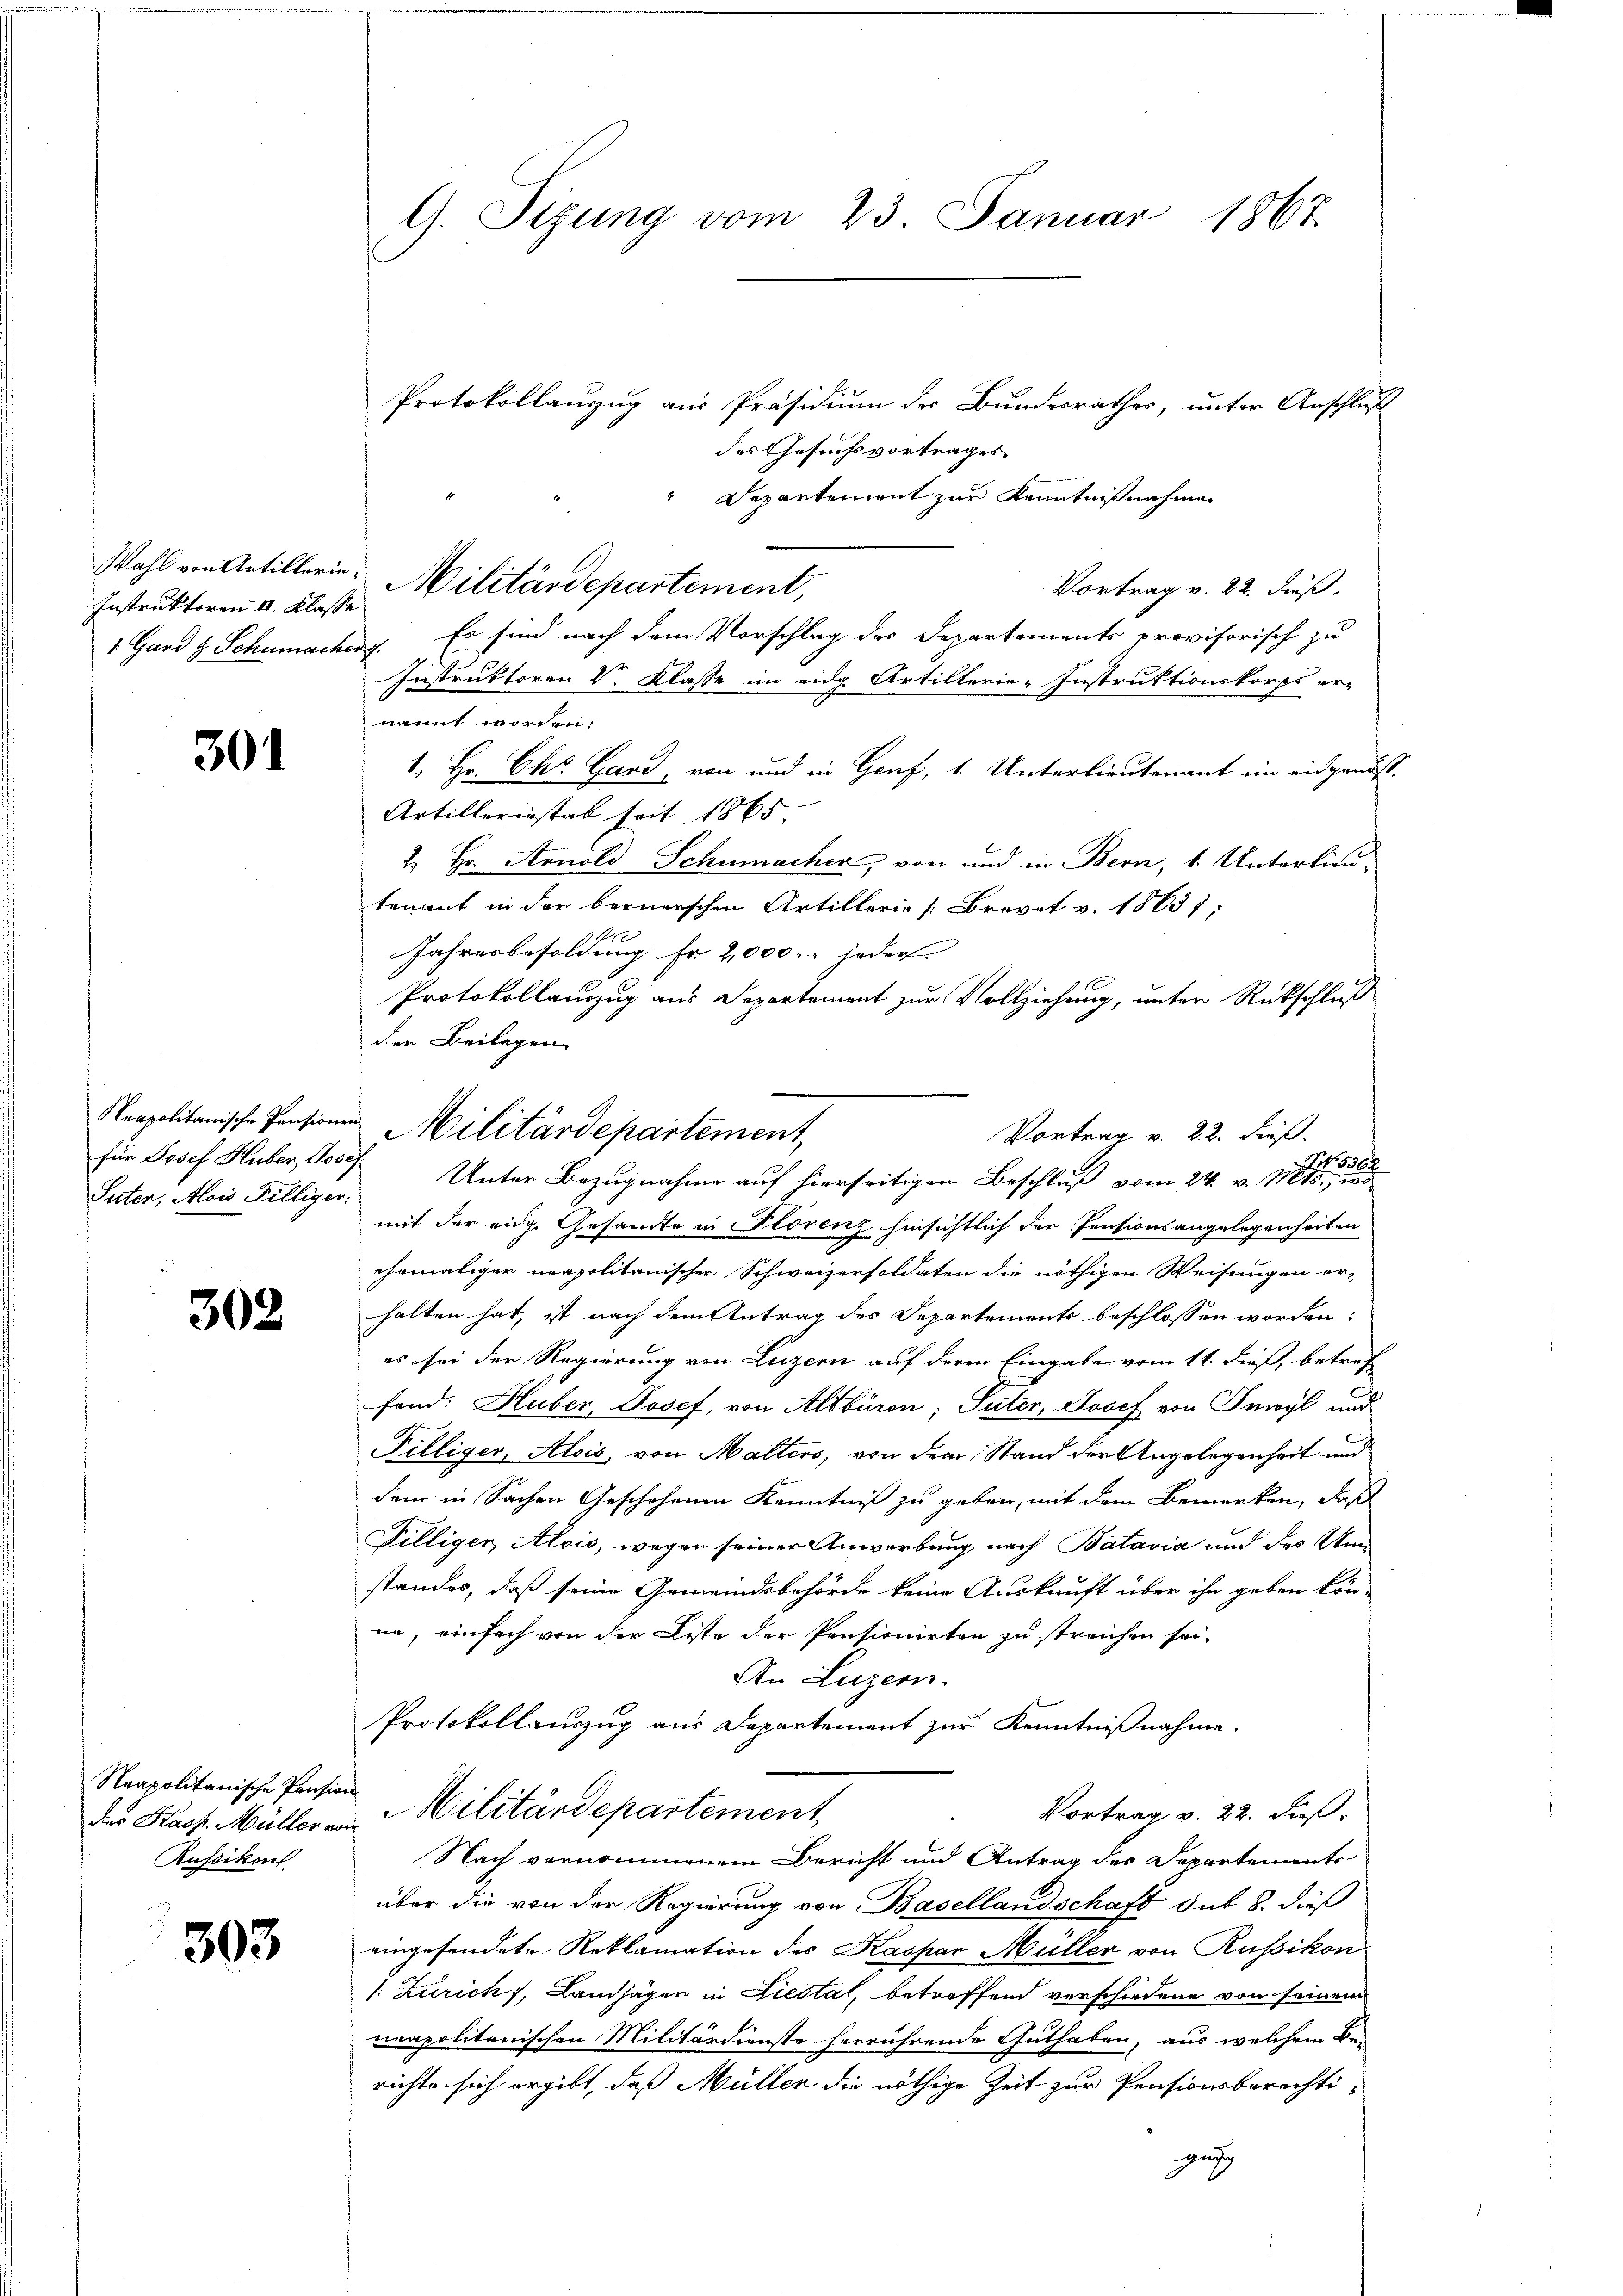
Instruktoren II. Klasse
1. Gard z. Schumacherg

301

Suter, Alois Filliger.

302

Neapolitanische Pension
des Kasp. Müller von
Rußikon

303

G. Sizung vom 23. Januar 1867

Protokollanzug aus Präsidium des Bundesrathes, unter Anschluß
des Gesuchsvortrages
Departement zur Kenntnißnahmen
Vortrag v. 22. dieß.
Es sind nach dem Vorschlag des Departements provisorisch zu
Instruktoren V. Klasse im eidg Artillerie-Instruktionskorps er-
nannt worden.
1. Hr. Chr. Gard, von und in Genf, 1. Unterlieutenant im eidgenös¬
Artilleriestab seit 1865
2. Hr. Arnold Schumacher, von und in Bern, 1. Unterlieutenant in der bernerschen Artillerie [Brevet v. 18637;
.
Jahresbesoldung Fr. 2,000 jeder
Protokollanzug aus Departement zur Vollziehung, unter Rückschluß
der Beilagen
für Josef Huber, Josef Unter Bezugnahme auf hierseitigen Beschluß vom 24. v. 11.
mit der eige Gesandte in Storenz hinsichtlich der Pensionsangelegenheiten
ehemaliger neapolitanischer Schweizersoldaten die nöthigen Weisungen er-
halten hat, ist nach dem Antrag des Departements beschlossen worden:
es sei der Regierung von Luzern auf deren Eingabe vom 11. dieß, betref
fond. Huber, Josef, von Altbüron; Suter, Josef von Inwyl und
Pilliger, Alois, von Malters, von dem Stand der Angelegenheit und
dem in Sachen Geschehenen Kenntniß zu geben, mit dem Bemerken, daß
Tilliger, Alois, wegen seiner Anwerbung nach Batavia und des Umstandes, daß seine Gemeindsbehörde keine Auskunft über ihn geben kön-
ne, einfach von der Liste der Pensionirten zu streichen sei.
An Luzern.
Protokollauszug aus Departement zur Kenntnißnahme.
Militärdepartement,
Vortrag v. 22. dieß
Nach vernommenem Bericht und Antrag des Departements
über die von der Regierung von Basellandschaft dit 8. dieß
eingesendete Reklamation des Kaspar Müller von Russikon
/: Zürich, Landjäger in Liestal, betreffend verschiedene von seinem
neapolitanischen Militärdienste herrührende Guthaben, aus welchem Be-
richte sich ergibt, daß Müller die nöthige Zeit zur Pensionsberechti-
gegg

Wahl von Artillerin. Militärdepartement,

Neapolitanische Pensionen Militärdepartement,
Vortrag v. 22. Fuß.